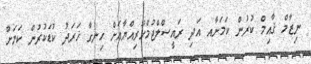
ނިޒާމް ޤާއިމް ކުރުން ކަމަށާއ އަދި ރައީސްލްޖުމްހޫރިއްޔާއަށް ހިނގާ ޚަރަދު ކުޑަކުރުން ކަމަށް